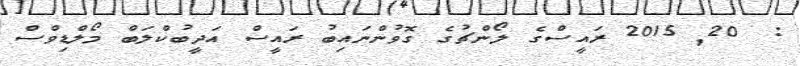
:  20